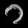
Digit: ၁